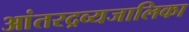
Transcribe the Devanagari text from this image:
आंतरद्रव्यजालिका